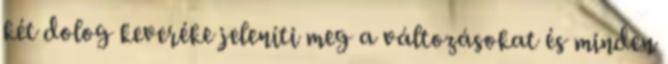
két dolog keveréke jeleníti meg a változásokat és minden